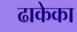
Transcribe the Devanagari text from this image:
ढाकेका